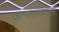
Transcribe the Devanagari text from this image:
उत्प्लावाक